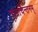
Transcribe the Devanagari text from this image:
नामचिन्तनम्